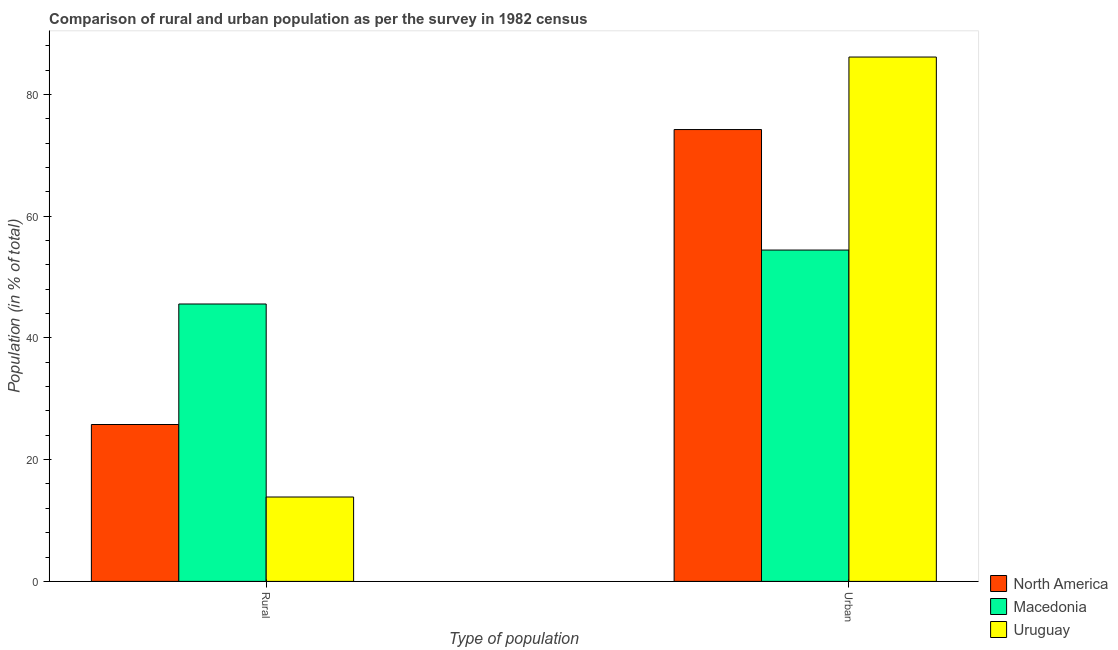
| Type of population | North America | Macedonia | Uruguay |
 | --- | --- | --- | --- |
 | Rural | 25.8 | 45.6 | 13.9 |
 | Urban | 74.2 | 54.4 | 86.1 |